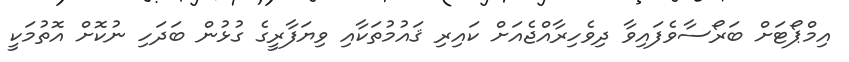
އިމްޕޯޓަށް ބަރޯސާވެފައިވާ ދިވެހިރާއްޖެއަށް ކައިރި ޤައުމުތަކާއި ވިޔަފާރީގެ ގުޅުން ބަދަހި ނުކޮށް އޮތުމަކީ